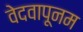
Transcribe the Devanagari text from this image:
वेदवापूनम